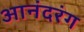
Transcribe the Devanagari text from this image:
आनंदरंग